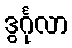
ဒွင်္ဂုလာ